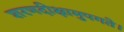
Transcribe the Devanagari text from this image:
शरणदीक्षामुपगते।